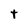
Character: t